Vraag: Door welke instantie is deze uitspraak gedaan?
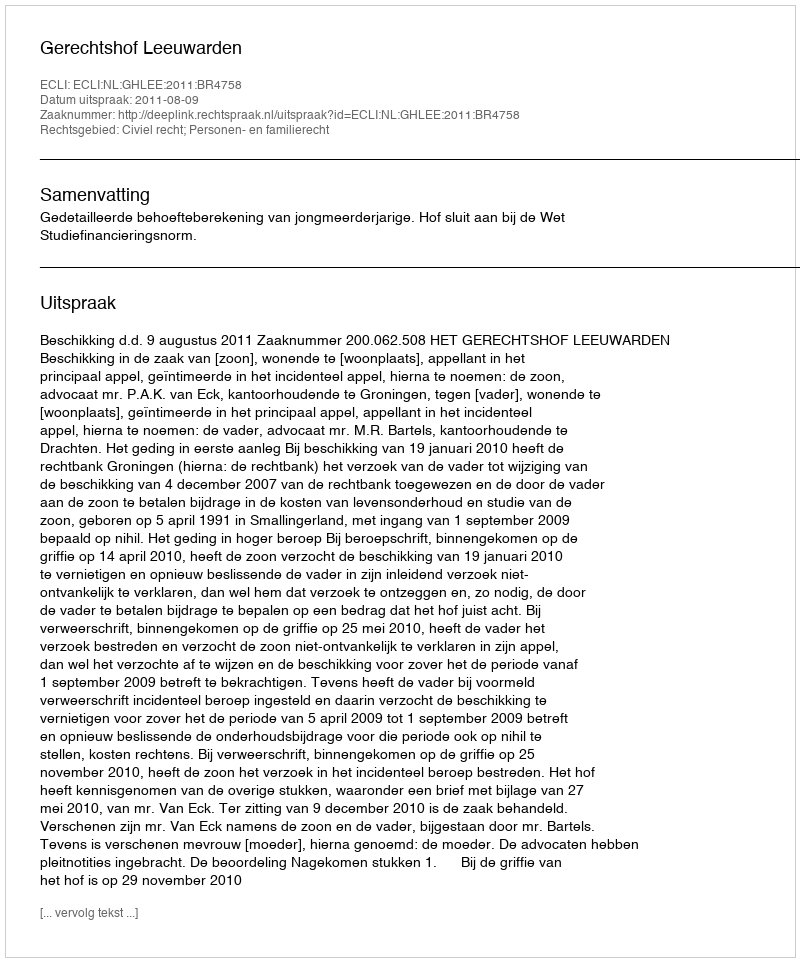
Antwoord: Gerechtshof Leeuwarden